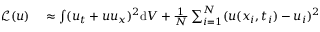
\begin{array} { r l } { \mathcal { L } ( u ) } & { { } \approx \int ( u _ { t } + u u _ { x } ) ^ { 2 } \mathrm { d } V + \frac { 1 } { N } \sum _ { i = 1 } ^ { N } ( u ( x _ { i } , t _ { i } ) - u _ { i } ) ^ { 2 } } \end{array}